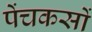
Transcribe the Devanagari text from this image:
पेंचकसों